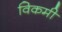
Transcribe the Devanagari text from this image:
विकमी